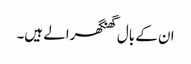
ان کے بال گھنگھرالے ہیں۔